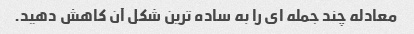
معادله چند جمله ای را به ساده ترین شکل آن کاهش دهید.